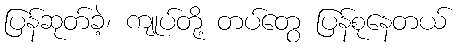
ပြန်ဆုတ်ခဲ့၊ ကျုပ်တို့ တပ်တွေ ပြန်စုနေတယ်